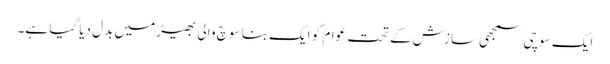
ایک سوچی سمجھی سازش کے تحت عوام کو ایک بنا سوچ والی بھیڑ میں بدل دیا گیا ہے۔